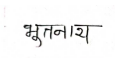
मजकूर: भूतनाथ